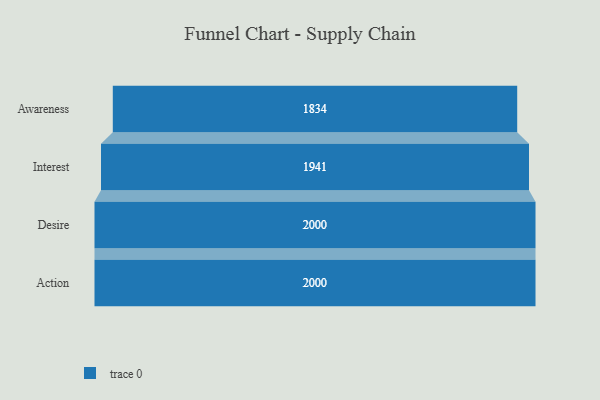
{"axis": {"x": "Stage", "y": "Value"}, "legend": [""], "data": [{"x": "Awareness", "y": 1834.0, "type": ""}, {"x": "Interest", "y": 1941.0, "type": ""}, {"x": "Desire", "y": 2000, "type": ""}, {"x": "Action", "y": 2000, "type": ""}]}